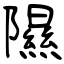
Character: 隰